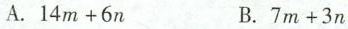
A.$$1 4 m + 6 n$$ B.$$7 m + 3 n$$